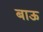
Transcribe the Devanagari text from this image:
बाऊ